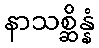
နာသစ္ဆိန္နံ